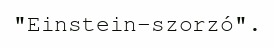
"Einstein-szorzó".